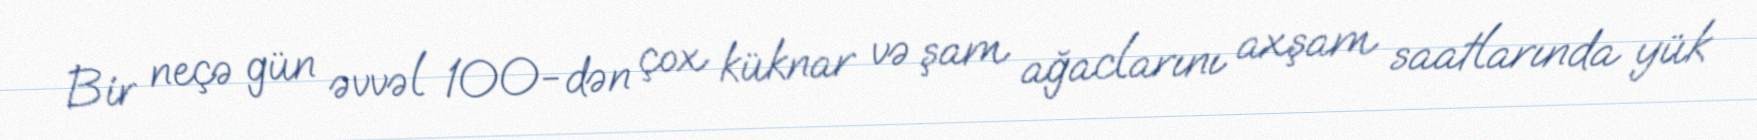
Bir neçə gün əvvəl 100-dən çox küknar və şam ağaclarını axşam saatlarında yük